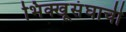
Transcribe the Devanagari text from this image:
भिक्खूसंघाची